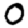
Digit: 0